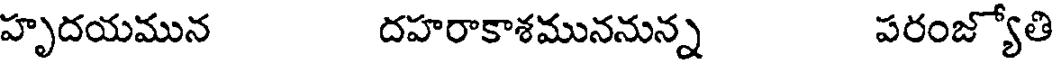
హృదయమున దహరాకాశముననున్న పరంజ్యోతి